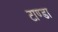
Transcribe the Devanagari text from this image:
टाण्‍डा